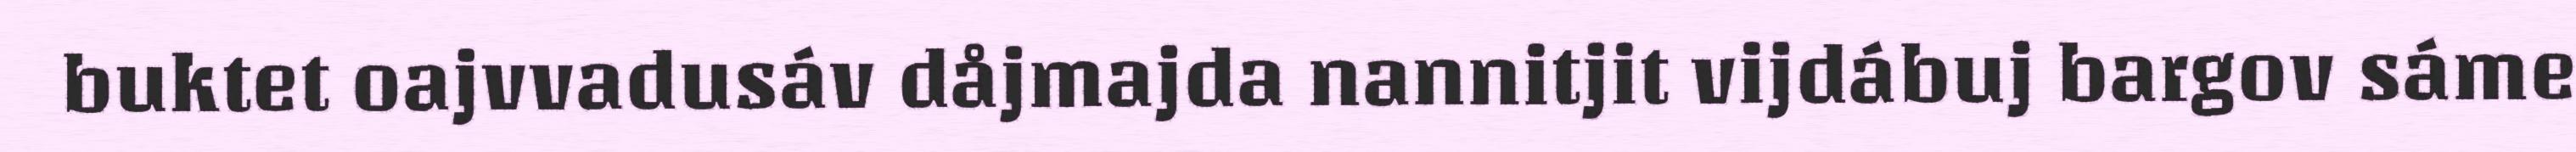
buktet oajvvadusáv dåjmajda nannitjit vijdábuj bargov sáme